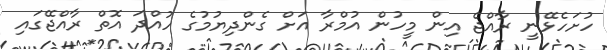
ހުށަހެޅޭނީ ރާއްޖެ އިން މީހުން އުމްރާ އަށް ގެންދިޔުމުގެ ހުއްދަ އޮތް ރާއްޖޭގައި